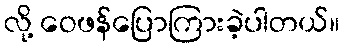
လို့ ဝေဖန်ပြောကြားခဲ့ပါတယ်။